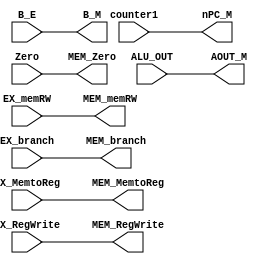
module EX_MEM (counter1, Zero, ALU_OUT, B_E, EX_branch, EX_memRW, EX_MemtoReg, EX_RegWrite,
nPC_M, MEM_Zero, AOUT_M, B_M, MEM_branch, MEM_memRW, MEM_MemtoReg, MEM_RegWrite);

    input [31:0] counter1;
    input Zero;
    input [31:0] ALU_OUT;
    input [31:0] B_E;
    input EX_branch;
    input EX_memRW;
    input EX_MemtoReg;
    input EX_RegWrite;

    output reg [31:0] nPC_M;
    output reg MEM_Zero;
    output reg [31:0] AOUT_M;
    output reg [31:0] B_M;
    output reg MEM_branch;
    output reg MEM_memRW;
    output reg MEM_MemtoReg;
    output reg MEM_RegWrite;

    always @(*) begin
        nPC_M <= counter1;
        MEM_Zero <= Zero;
        AOUT_M <= ALU_OUT;
        B_M <= B_E;
        MEM_branch <= EX_branch;
        MEM_memRW <= EX_memRW;
        MEM_MemtoReg <= EX_MemtoReg;
        MEM_RegWrite <= EX_RegWrite;
    end


endmodule